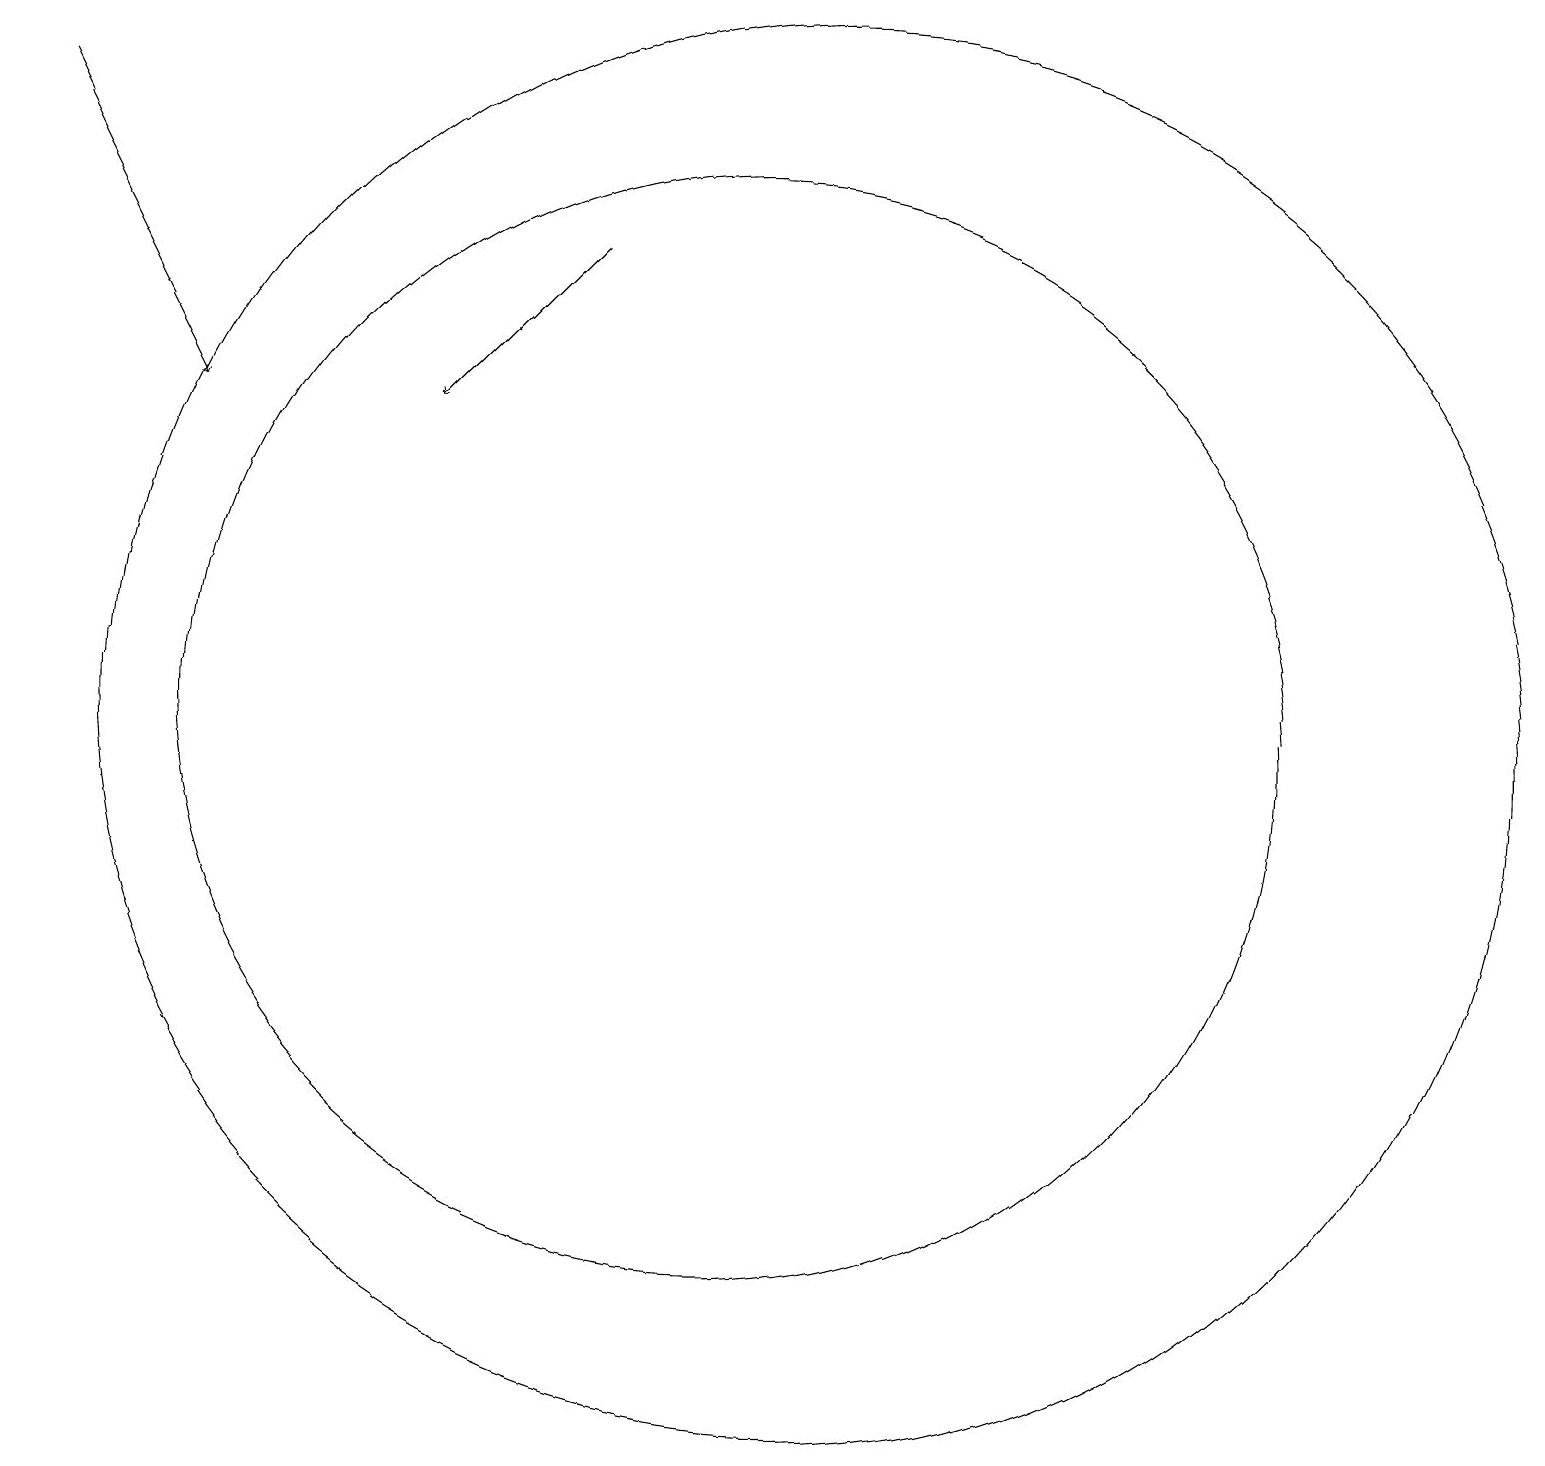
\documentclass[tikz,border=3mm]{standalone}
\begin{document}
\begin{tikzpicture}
\draw[->] (1,19) -- (3,15);
\draw (10,11) circle (7);
\draw (11,11) circle (9);
\draw[->] (8,17) -- (6,15);
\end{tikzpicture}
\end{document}